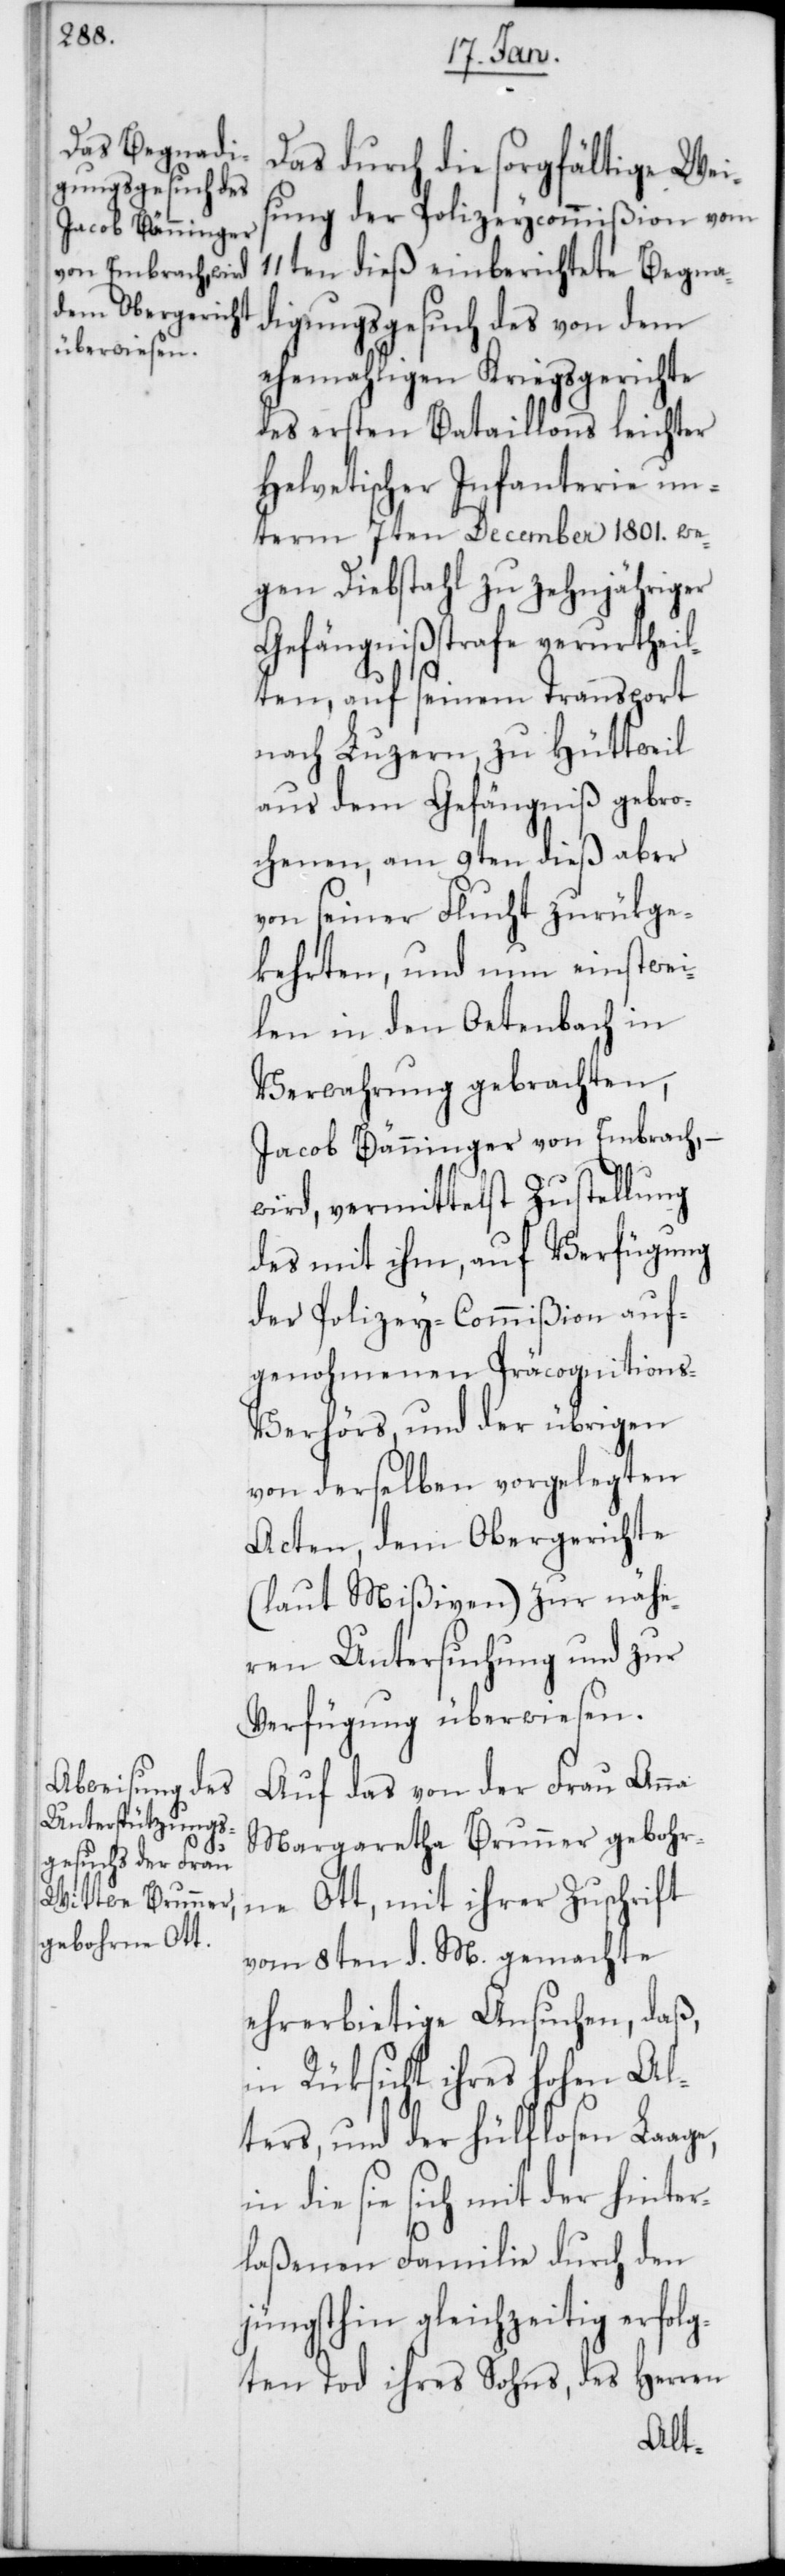
Das durch die sorgfältige Wei¬
sung der Polizeycommißion vom
11ten dieß einberichtete Begna¬
digungsgesuch des von dem
ehemahligen Kriegsgerichte
des ersten Bataillons leichter
helvetischer Infanterie un¬
term 7ten December 1801. we¬
gen Diebstahl zu zehnjähriger
Gefängnißstrafe verurtheil¬
ten, auf seinem Transport
nach Luzern, zu Hüttweil
aus dem Gefängniß gebro¬
chenen, am 9ten dieß aber
von seiner Flucht zurükge¬
kehrten, und nun einstwei¬
len in den Oetenbach in
Verwahrung gebrachten,
Jacob Bänninger von Embrach,
wird, vermittelst Zustellung
des mit ihm, auf Verfügung
der Polizey-Commißion auf¬
genohmenen Präcognition¬
s-Verhörs, und der übrigen
von derselben vorgelegten
Acten, dem Obergerichte
(laut Mißiven) zur nähe¬
ren Untersuchung und zur
Verfügung überwiesen.
Auf das von der Frau Anna
Margaretha Brunner gebohr¬
ne Ott, mit ihrer Zuschrift
vom 8ten d. M. gemachte
ehrerbietige Ansuchen, daß,
in Rüksicht ihres hohen Al¬
ters, und der hülflosen Laage,
in die sie sich mit der hinter¬
laßenen Familie durch den
jüngsthin gleichzeitig erfolg¬
ten Tod ihres Sohns, des Herren